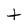
Character: t